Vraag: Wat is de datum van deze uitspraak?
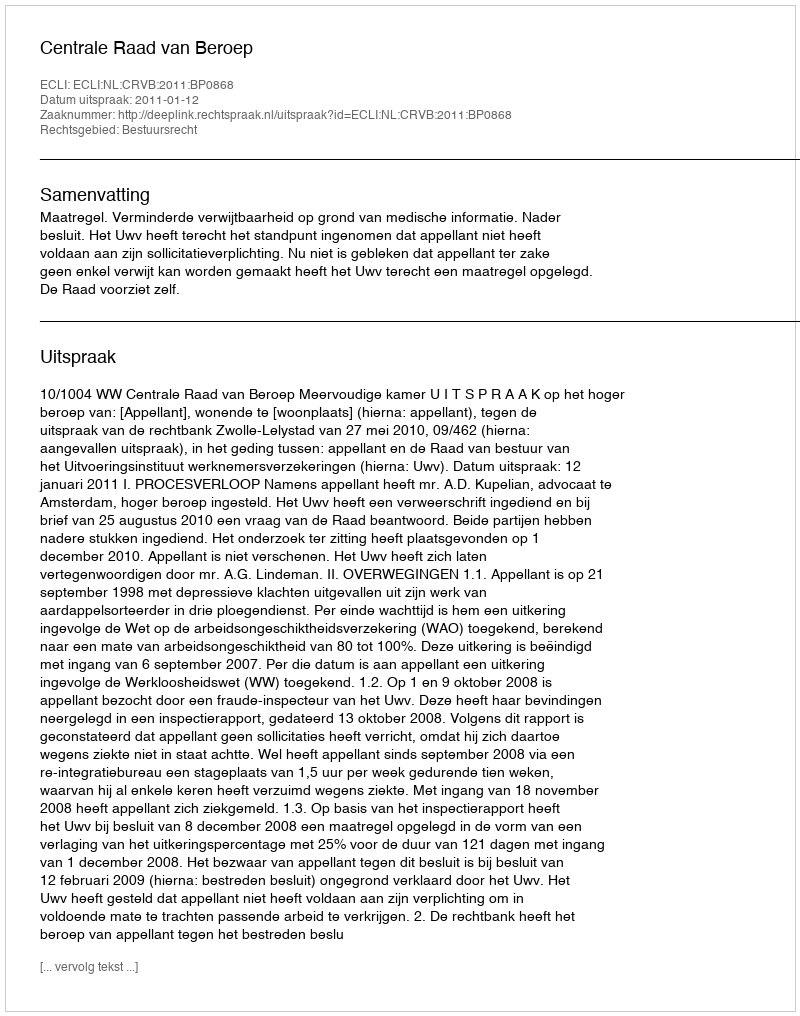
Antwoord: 2011-01-12